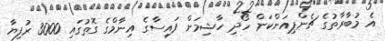
އެ މުބާރާތުގެ ޗެންޕިއަންކަން ހޯދި ހާޝިމަށް ފައިސާގެ އިނާމްގެ ގޮތުގައި 3000 ރުފިޔާ